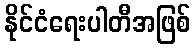
နိုင်ငံရေးပါတီအဖြစ်